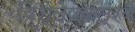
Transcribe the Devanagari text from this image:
विश्लेषकत्रय